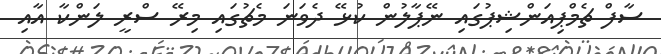
ސާފް ޗެމްޕިއަންޝިޕުގައި ނޭޕާލުން ކުޅޭ ދެވަނަ މެޗުގައި މިރޭ ސްރީ ލަންކާ އާއި